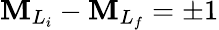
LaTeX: {\mathbf{M}}_{{L}_{i}}-{\mathbf{M}}_{{L}_{f}}=\pm1